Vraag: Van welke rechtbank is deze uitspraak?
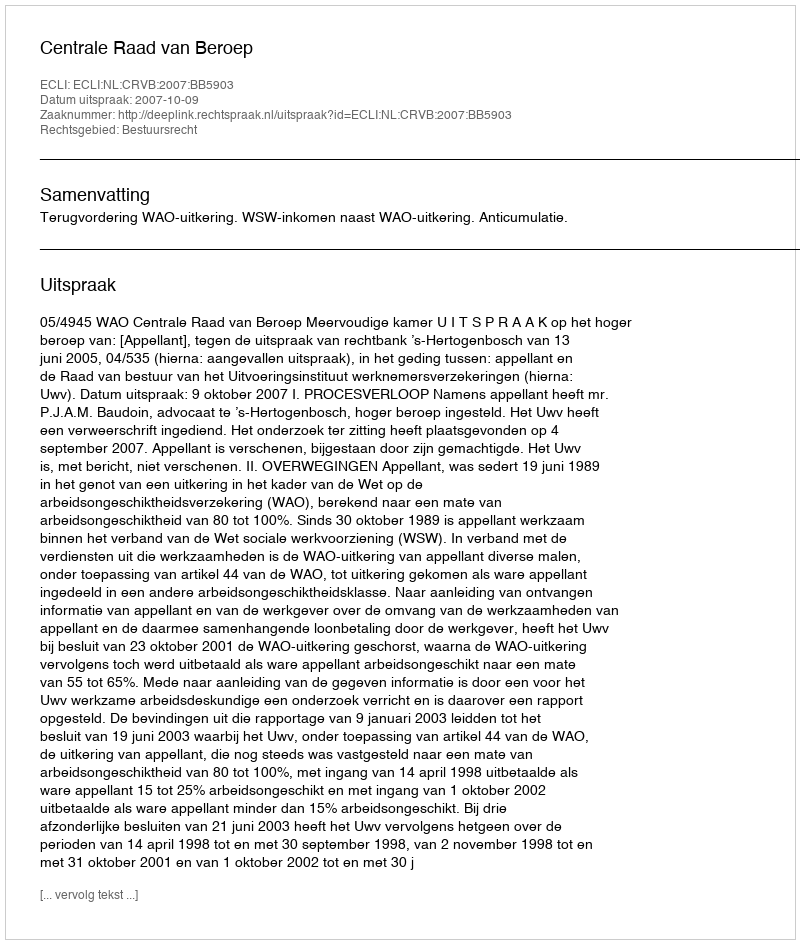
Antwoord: Centrale Raad van Beroep